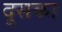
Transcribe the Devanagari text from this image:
दूसका